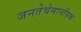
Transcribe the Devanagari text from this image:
जनतेचेमानसिक